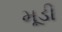
મૂડી